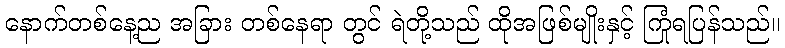
နောက်တစ်နေ့ည အခြား တစ်နေရာ တွင် ရဲတို့သည် ထိုအဖြစ်မျိုးနှင့် ကြုံရပြန်သည်။